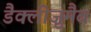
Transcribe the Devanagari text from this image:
डैक्लीज़ुमैब